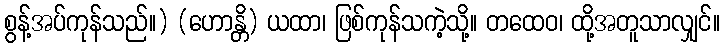
စွန့်အပ်ကုန်သည်။) (ဟောန္တိ) ယထာ၊ ဖြစ်ကုန်သကဲ့သို့။ တထေဝ၊ ထို့အတူသာလျှင်။